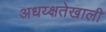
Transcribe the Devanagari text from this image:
अधय्क्षतेखाली